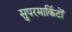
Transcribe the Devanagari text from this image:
सुपरमार्किटों